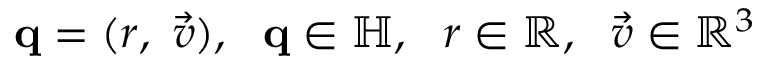
\mathbf { q } = ( r , \ { \vec { v } } ) , ~ ~ \mathbf { q } \in \mathbb { H } , ~ ~ r \in \mathbb { R } , ~ ~ { \vec { v } } \in \mathbb { R } ^ { 3 }